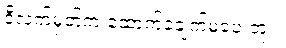
ဒီလက်မှတ်က ထောက်ခံချက်မပေးဘူး။